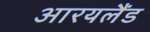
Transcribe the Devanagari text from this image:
आरयलैंड